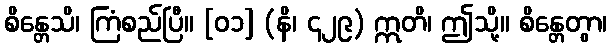
စိန္တေသိ၊ ကြံစည်ပြီ။ [၀၁] (နိ၊ ၄၂၉) ဣတိ၊ ဤသို့။ စိန္တေတွာ၊